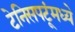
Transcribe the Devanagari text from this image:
टेनिसपटूंमध्ये